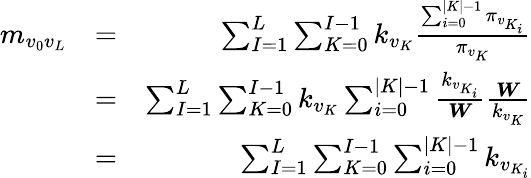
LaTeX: \begin{array}{rlr}{m_{v_{0}v_{L}}}&{=}&{\sum_{I=1}^{L}\sum_{K=0}^{I-1}k_{v_{K}}\frac{\sum_{i=0}^{|K|-1}\pi_{v_{K_{i}}}}{\pi_{v_{K}}}}\\ &{=}&{\sum_{I=1}^{L}\sum_{K=0}^{I-1}k_{v_{K}}\sum_{i=0}^{|K|-1}\frac{k_{v_{K_{i}}}}{\boldsymbol{W}}\frac{\boldsymbol{W}}{k_{v_{K}}}}\\ &{=}&{\sum_{I=1}^{L}\sum_{K=0}^{I-1}\sum_{i=0}^{|K|-1}k_{v_{K_{i}}}}\end{array}